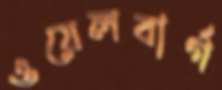
ওয়েলবার্গ